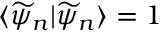
\langle \widetilde \psi _ { n } | \widetilde \psi _ { n } \rangle = 1